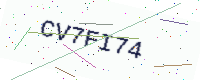
Text: CV7FI74